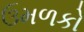
ઉમળકો